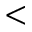
<